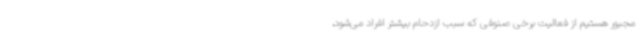
مجبور هستیم از فعالیت برخی صنوفی که سبب ازدحام بیشتر افراد می‌شود،